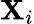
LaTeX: \mathbf{X}_{i}